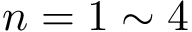
n = 1 \sim 4